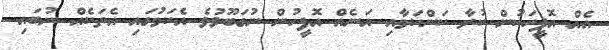
އެއް އޮފީހަކުން ކުރާ ކަންކަމާއި އަނެއް އޮފީހުން ނުގަބޫލުވެ އެކަމުގައި އެތަކެއް ނުބައި